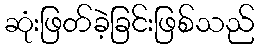
ဆုံးဖြတ်ခဲ့ခြင်းဖြစ်သည်